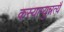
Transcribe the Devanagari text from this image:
कस्याप्युन्नत्यै